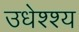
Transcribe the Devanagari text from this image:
उधेश्श्य